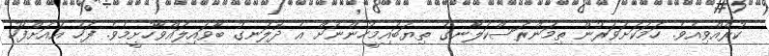
ކުރެއްވިއެވެ. ހަމަކަށަވަރުން ތިމަންރަސްކަލާނގެ ތިޔަބައިމީހުންނަށް އެ ދޮލަނގު ބާވައިލައްވާހުށީމެވެ. ފަހެ އެއަށްފަހު